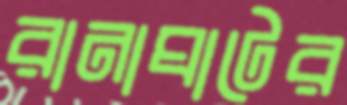
রানাঘাটের